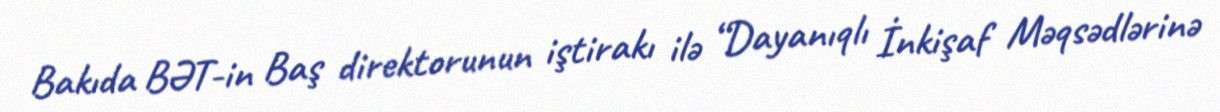
Bakıda BƏT-in Baş direktorunun iştirakı ilə “Dayanıqlı İnkişaf Məqsədlərinə